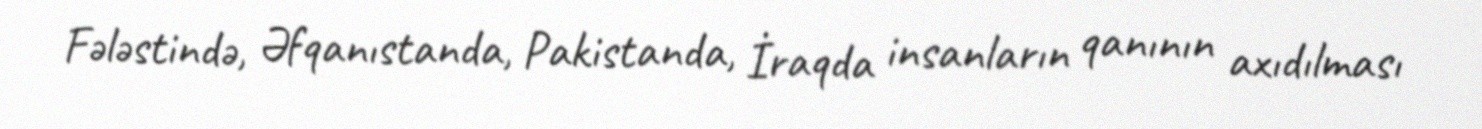
Fələstində, Əfqanıstanda, Pakistanda, İraqda insanların qanının axıdılması